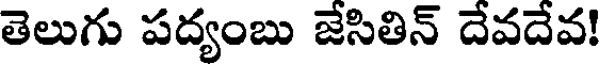
తెలుగు పద్యంబు జేసితిన్ దేవదేవ!